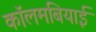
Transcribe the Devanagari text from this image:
कॉलमबियाई